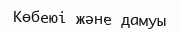
Көбеюі және дамуы